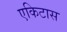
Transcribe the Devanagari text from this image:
एकिटास